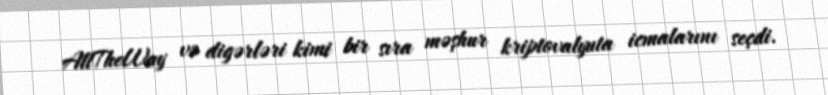
AltTheWay və digərləri kimi bir sıra məşhur kriptovalyuta icmalarını seçdi.